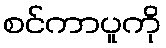
စင်ကာပူကို